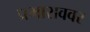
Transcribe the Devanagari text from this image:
प्रभाराववर